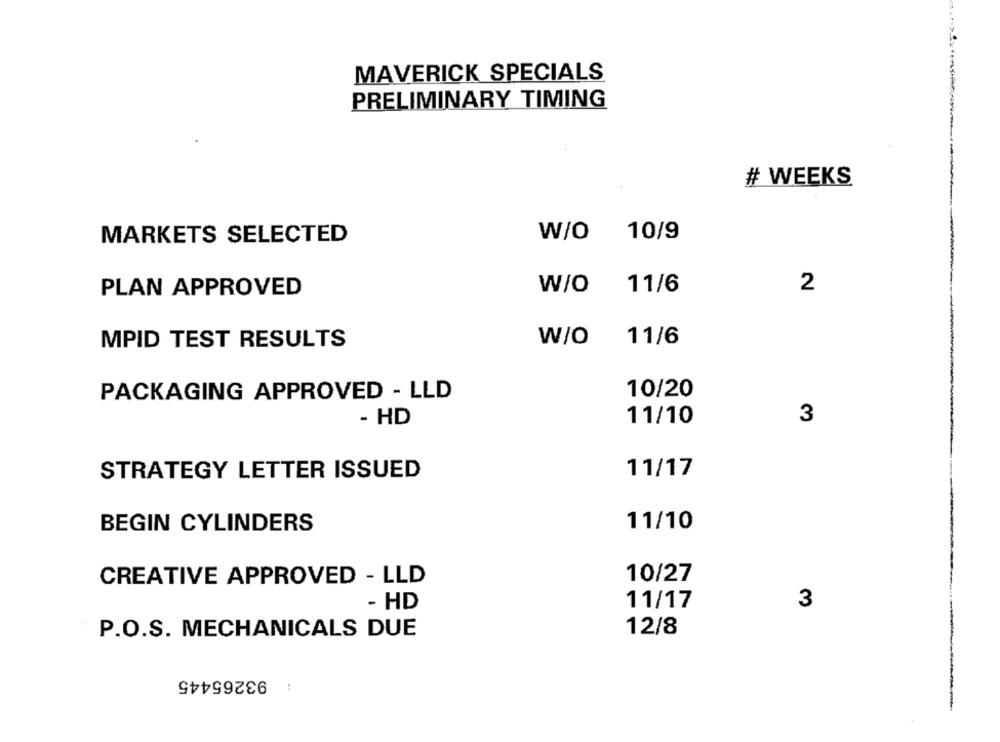
MAVERICK SPECIALS
PRELIMINARY TIMING
# WEEKS
W/O
10/9
MARKETS SELECTED
W/O
11/6
2
PLAN APPROVED
W/O
11/6
MPID TEST RESULTS
10/20
PACKAGING APPROVED - LLD
- HD
11/10
3
STRATEGY LETTER ISSUED
11/17
11/10
BEGIN CYLINDERS
10/27
CREATIVE APPROVED - LLD
- HD
11/17
3
12/8
P.O.S. MECHANICALS DUE
93265445